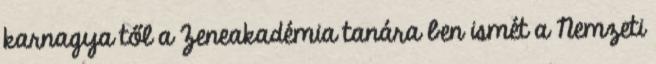
karnagya től a Zeneakadémia tanára ben ismét a Nemzeti